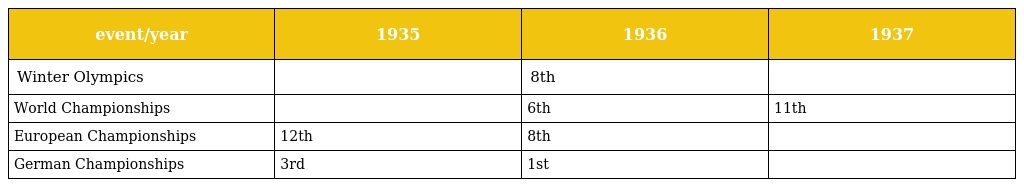
| event/year | 1935 | 1936 | 1937 |
 | --- | --- | --- | --- |
 | Winter Olympics |  | 8th |  |
 | World Championships |  | 6th | 11th |
 | European Championships | 12th | 8th |  |
 | German Championships | 3rd | 1st |  |